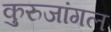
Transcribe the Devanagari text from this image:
कुरुजांगल